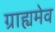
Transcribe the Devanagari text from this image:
ग्राह्यमेव